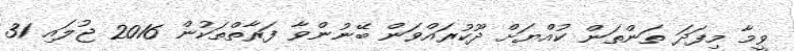
ވީމާ މިފަދަ ތަންތަން ކުއްޔަށް ދޫކުރައްވަން ބޭނުންވާ ފަރާތްތަކުން 2016 ޖުލައި 31